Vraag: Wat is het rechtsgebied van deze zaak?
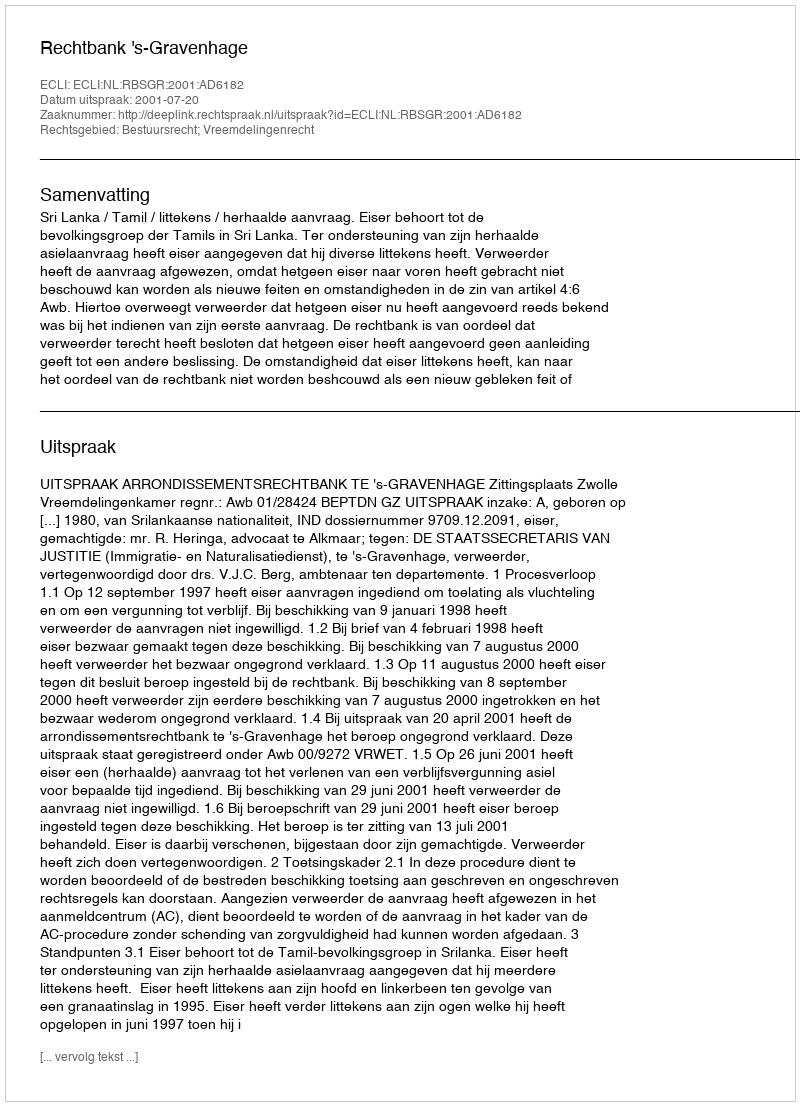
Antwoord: Bestuursrecht; Vreemdelingenrecht